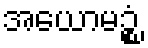
အယောမဉ္စံ